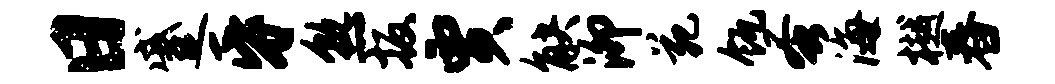
日蹙昏熟扳贾觖泖苑瓴蚤海樾舂